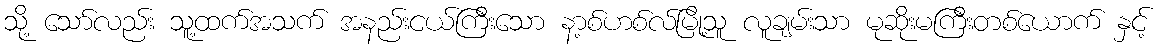
သို့ သော်လည်း သူ့ထက်အသက် အနည်းငယ်ကြီးသော နာ့စ်ဟစ်လ်မြို့သူ လူချမ်းသာ မုဆိုးမကြီးတစ်ယောက် နှင့်